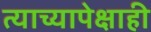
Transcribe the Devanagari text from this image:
त्याच्यापेक्षाही